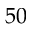
5 0